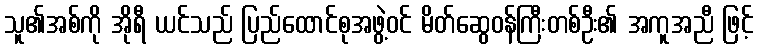
သူ၏အစ်ကို အိုရီ ယင်သည် ပြည်ထောင်စုအဖွဲ့ဝင် မိတ်ဆွေဝန်ကြီးတစ်ဦး၏ အကူအညီ ဖြင့်